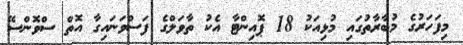
މިފަހަރުގެ މުބާރާތުގައި މުޅިއަކު 18 ޕޮއިންޓާ އެކު ތާވަލްގެ ފަސްވަނައިގާ އޮތް ސްވޮންސޭ